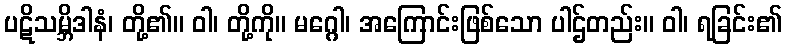
ပဋိသမ္ဘိဒါနံ၊ တို့၏။ ဝါ၊ တို့ကို။ မဂ္ဂေါ၊ အကြောင်းဖြစ်သော ပါဌ်တည်း။ ဝါ၊ ရခြင်း၏